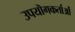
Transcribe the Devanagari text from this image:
उपयॊगकर्ताओं